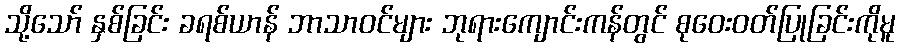
သို့သော် နှစ်ခြင်း ခရစ်ယာန် ဘာသာဝင်များ ဘုရားကျောင်းကန်တွင် စုဝေးဝတ်ပြုခြင်းကိုမူ